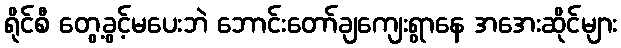
ရိုင်စီ တွေ့ခွင့်မပေးဘဲ ဘောင်းတော်ချကျေးရွာနေ အအေးဆိုင်များ